Annual report on the Civil Veterinary Department, Burma (including the Insein Veterinary School) - 1910-1922
Year: 1910
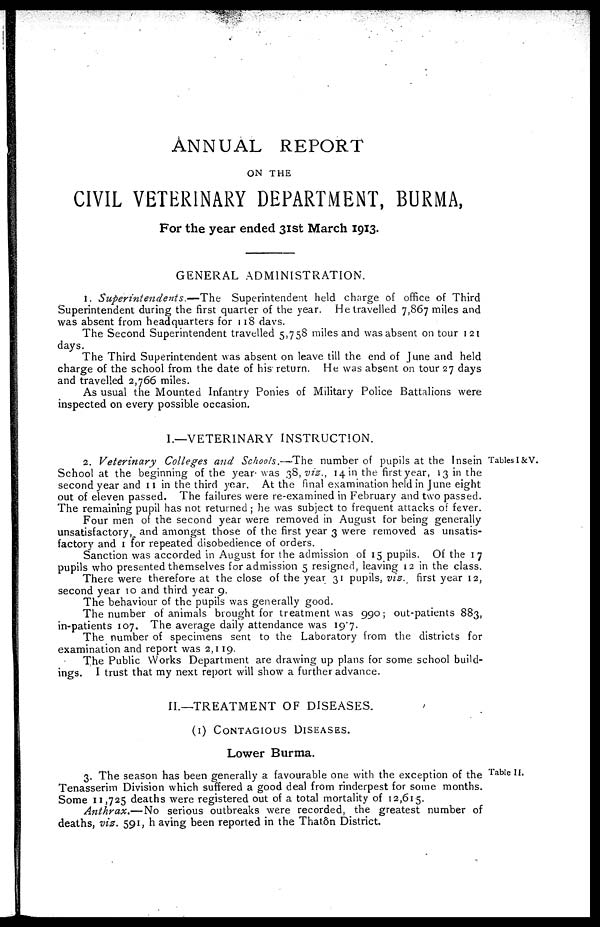
ANNUAL REPORT
ON THE
CIVIL VETERINARY DEPARTMENT, BURMA,
For the year ended 31st March 1913.
GENERAL ADMINISTRATION.
1. Superintendents.—The
Superintendent held charge of office of Third
Superintendent during the first quarter of the year. He travelled 7,867 miles and
was absent from headquarters for 118 days.
The Second Superintendent travelled 5,758 miles and was absent on tour 121
days.
The Third Superintendent was absent on leave till the end of June and held
charge of the school from the date of his return. He was absent on tour 27 days
and travelled 2,766 miles.
As usual the Mounted Infantry Ponies of Military Police Battalions were
inspected on every possible occasion,
I.—VETERINARY INSTRUCTION.
Tables I & V.
2. Veterinary
Colleges and Schools.—-The number of pupils at the Insein
School at the beginning of the year- was 38, viz., 14 in the first year, 13 in the
second year and 11 in the third year. At the final examination held in June eight
out of eleven passed. The failures were re-examined in February and two passed.
The remaining pupil has not returned ; he was subject to frequent attacks of fever.
Four men of the second year were removed in August for being generally
unsatisfactory, and amongst those of the first year 3 were removed as unsatis-
facton' and 1 for repeated disobedience of orders.
Sanction was accorded in August for the admission of 15 pupils. Of the 17
pupils who presented themselves for admission 5 resigned, leaving 12 in the class.
There were therefore at the close of the year 31 pupils, viz. first year 12,
second year 10 and third year 9.
The behaviour of the pupils was generally good.
The number of animals brought for treatment was 990; out-patients 883,
in-patients 107, The average daily attendance was 19.7.
The number of specimens sent to the Laboratory from the districts for
examination and report was 2,119.
The Public Works Department are drawing up plans for some school build-
ings. I trust that my next report will show a further advance.
II.— TREATMENT OF DISEASES.
(1) CONTAGIOUS DISEASES.
Lower Burma.
Table II.
3. The season has been generally a favourable one with the exception of the
Tenasserim Division which suffered a good deal from rinderpest for some months.
Some 11,725 deaths were registered out of a total mortality of 12,615.
Anthrax.—No
serious outbreaks were recorded, the greatest number of
deaths, viz. 591, having been reported in the Thatôn District.